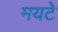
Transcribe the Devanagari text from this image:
मयटे